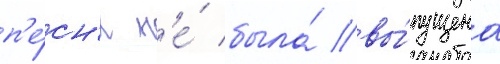
п'е́сн'я н'е́ была́ вы́пущена